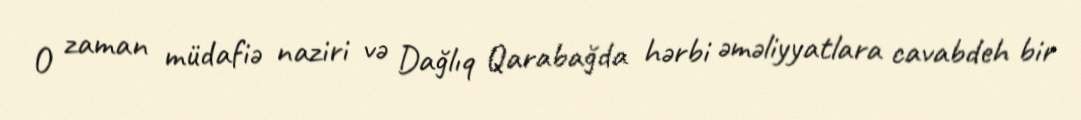
O zaman müdafiə naziri və Dağlıq Qarabağda hərbi əməliyyatlara cavabdeh bir